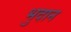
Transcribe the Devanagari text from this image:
भुदान